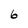
Character: 6